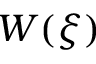
W ( \xi )